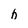
Character: h